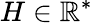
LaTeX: H\in\mathbb{R}^{*}